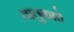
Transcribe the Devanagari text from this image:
तालुकाचे